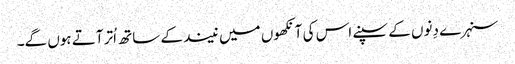
سنہرے دِنوں کے سپنے اس کی آنکھوں میں نیند کے ساتھ اُتر آتے ہوں گے۔